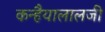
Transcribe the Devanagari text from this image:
कन्हैयालालजी